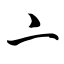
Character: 亠